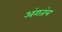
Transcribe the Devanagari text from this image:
अंगतंत्र